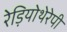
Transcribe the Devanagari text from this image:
रेड़ियोथेरेपी